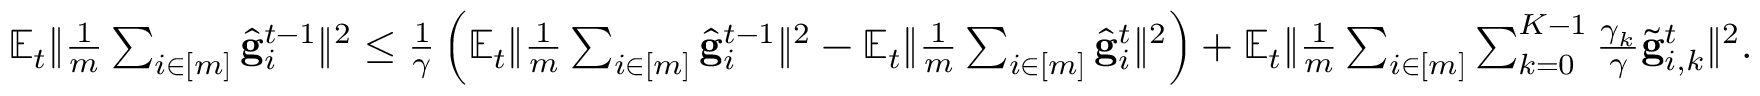
\begin{array} { r } { \mathbb { E } _ { t } \Vert \frac { 1 } { m } \sum _ { i \in [ m ] } \hat { \mathbf { g } } _ { i } ^ { t - 1 } \Vert ^ { 2 } \leq \frac { 1 } { \gamma } \left( \mathbb { E } _ { t } \Vert \frac { 1 } { m } \sum _ { i \in [ m ] } \hat { \mathbf { g } } _ { i } ^ { t - 1 } \Vert ^ { 2 } - \mathbb { E } _ { t } \Vert \frac { 1 } { m } \sum _ { i \in [ m ] } \hat { \mathbf { g } } _ { i } ^ { t } \Vert ^ { 2 } \right) + \mathbb { E } _ { t } \Vert \frac { 1 } { m } \sum _ { i \in [ m ] } \sum _ { k = 0 } ^ { K - 1 } \frac { \gamma _ { k } } { \gamma } \tilde { \mathbf { g } } _ { i , k } ^ { t } \Vert ^ { 2 } . } \end{array}